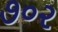
૭૦૨